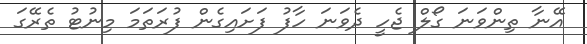
އޭނާ ތިންވަނަ ގޯލް ޖެހީ ދެވަނަ ހާފު ފަށަައިގެން ފުރަތަމަ މިނުޓު ތެރޭގަ